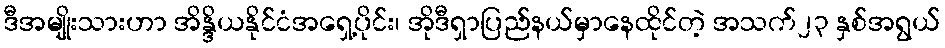
ဒီအမျိုးသားဟာ အိန္ဒိယနိုင်ငံအရှေ့ပိုင်း၊ အိုဒီရှာပြည်နယ်မှာနေထိုင်တဲ့ အသက်၂၃ နှစ်အရွယ်